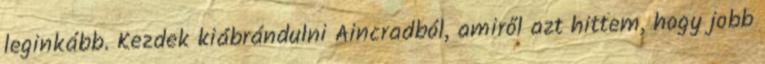
leginkább. Kezdek kiábrándulni Aincradból, amiről azt hittem, hogy jobb